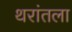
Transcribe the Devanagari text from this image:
थरांतला